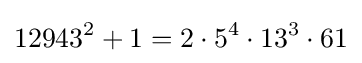
12943^{2}+1=2\cdot 5^{4}\cdot 13^{3}\cdot 61